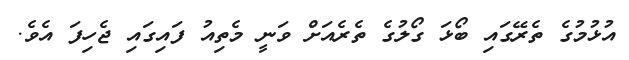
އުޅުމުގެ ތެރޭގައި ބޯޅަ ގޯލުގެ ތެރެއަށް ވަނީ މެތިއު ފައިގައި ޖެހިފަ އެވެ.